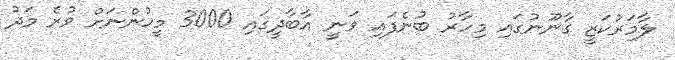
ލާމަރުކަޒީ ގާނޫނުގައި މިހާރު ބުނެފައި ވަނީ އާބާދީގައި 3000 މީހުންނަށް ވުރެ މަދު